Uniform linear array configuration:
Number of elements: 32
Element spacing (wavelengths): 0.75
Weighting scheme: hamming
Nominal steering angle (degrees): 0
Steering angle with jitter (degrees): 1.076
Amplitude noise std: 0.05
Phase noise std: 0.05

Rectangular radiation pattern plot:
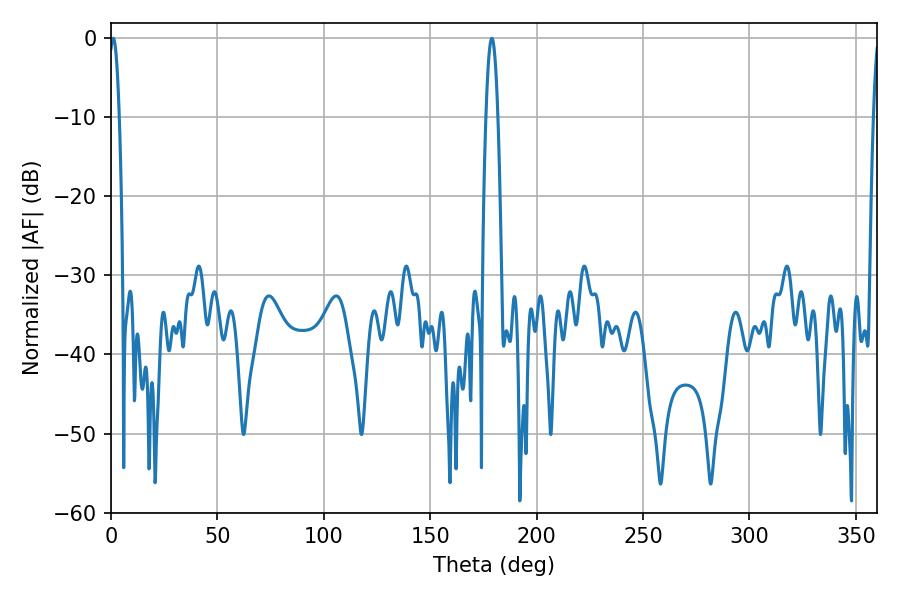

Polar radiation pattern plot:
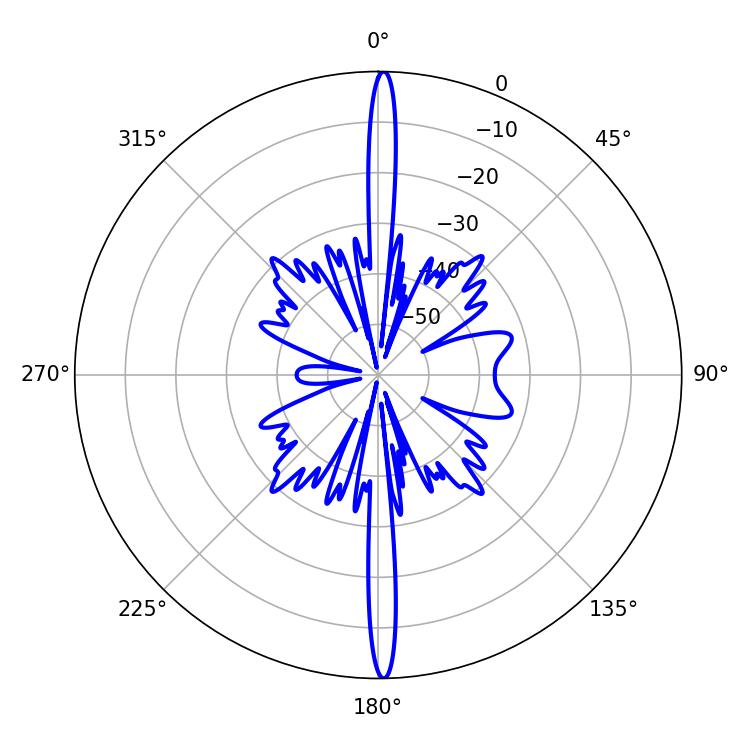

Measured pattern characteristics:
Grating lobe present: TRUE
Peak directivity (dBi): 29.392
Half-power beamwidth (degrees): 3.06
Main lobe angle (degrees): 178.92